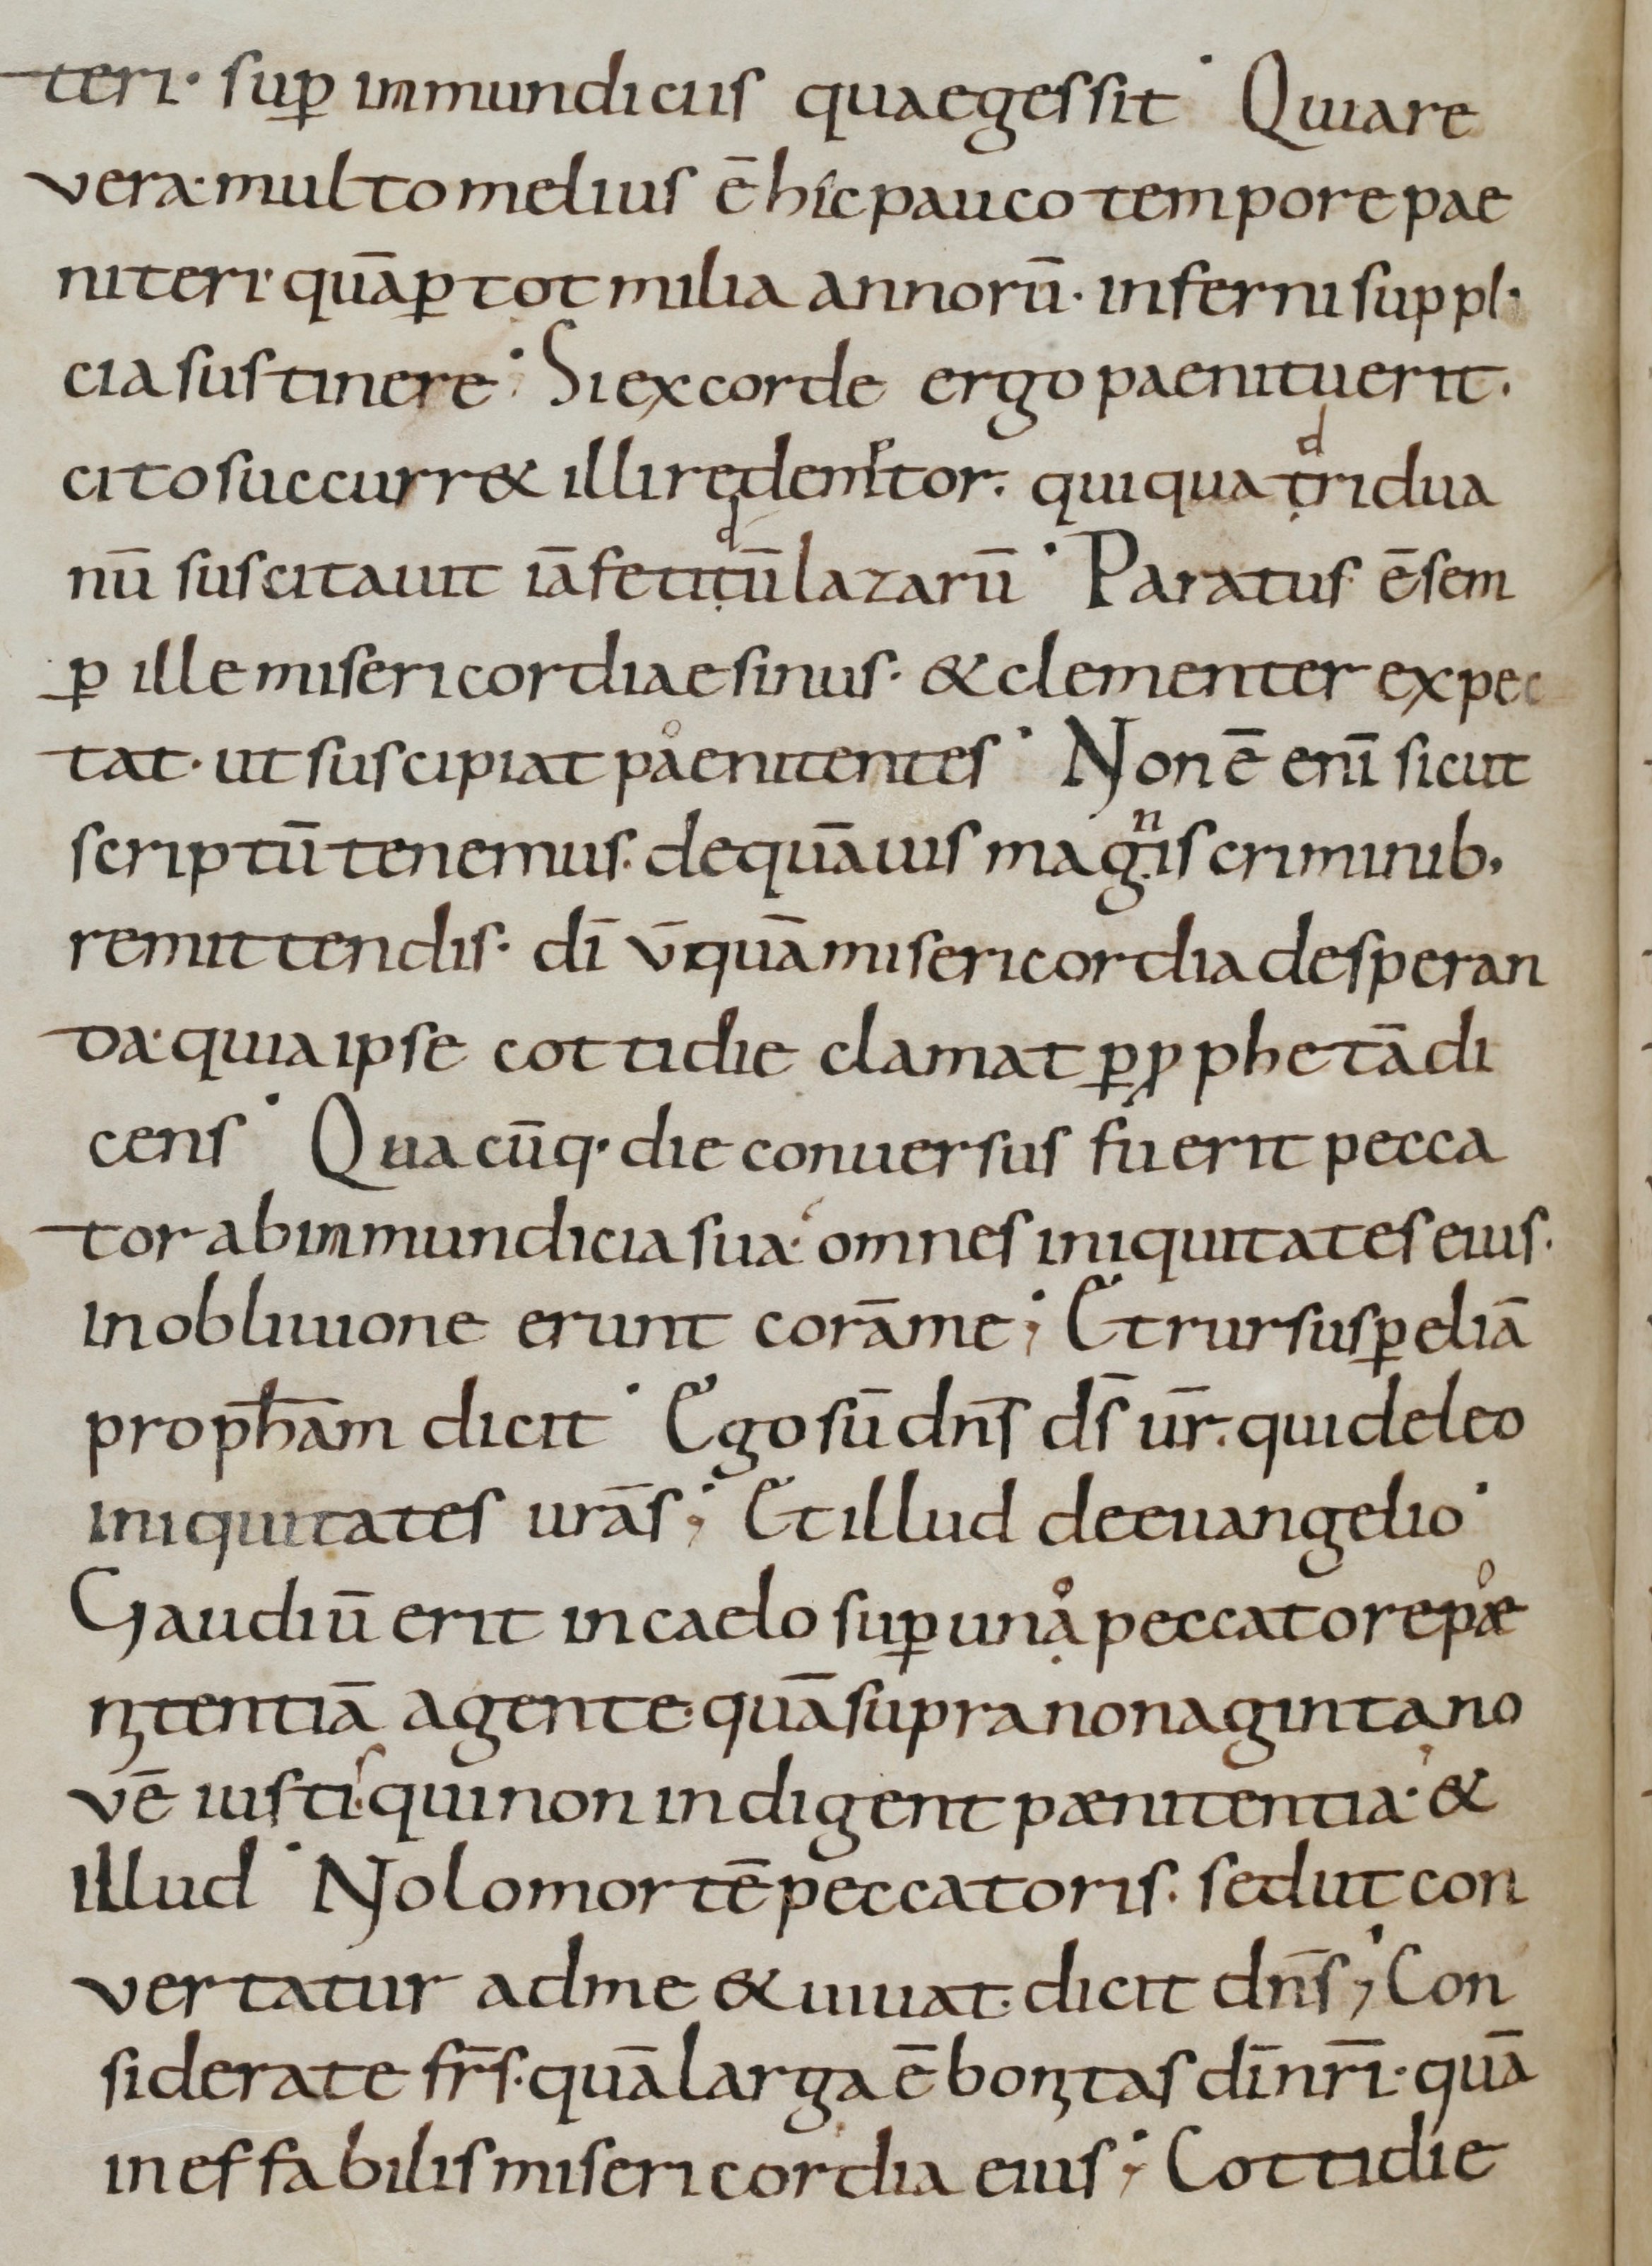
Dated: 800–999